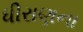
ધીરાણના